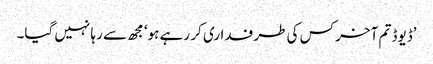
’ڈیوڈ تم آخر کس کی طرفداری کر رہے ہو‘ مجھ سے رہا نہیں گیا۔